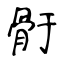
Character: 骬